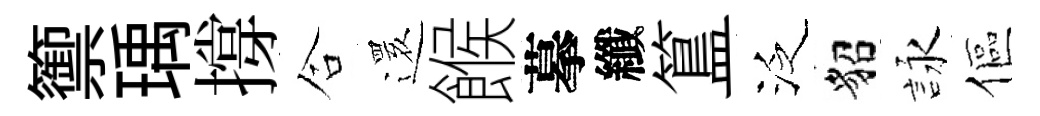
籞瑀撐合𮟃餱摹纖簋泛貂詠傴